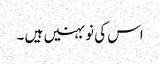
اس کی نو بہنیں ہیں ۔